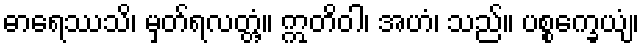
ဓာရေဿသိ၊ မှတ်ရလတ္တံ့။ ဣတိဝါ၊ အဟံ၊ သည်။ ပစ္စက္ခေယျံ၊